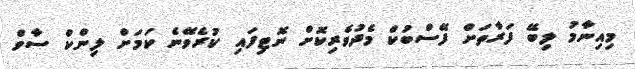
މިއިނާމު ލިބޭ ފަރާތަށް ފޭސްބުކް މެދުވެރިކޮށް ނޮޓިފައި ކުރެވޭނެ ކަމަށް ލިންކް ސާވް